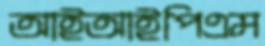
আইআইপিএম